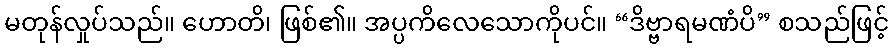
မတုန်လှုပ်သည်။ ဟောတိ၊ ဖြစ်၏။ အပ္ပကိလေသောကိုပင်။ “ဒိဗ္ဗာရမဏံပိ” စသည်ဖြင့်